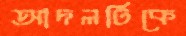
আদলটিকে